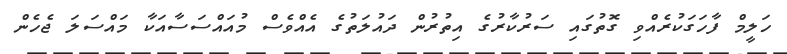
ހަލީމް ފާހަގަކުރެއްވި ގޮތުގައި ސަރުކާރުގެ އިތުރުން ދައުލަތުގެ އެއްވެސް މުއައްސަސާއަކާ މައްސަލަ ޖެހެން